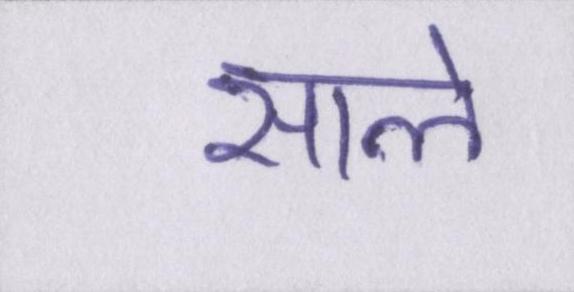
साले